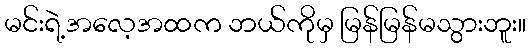
မင်းရဲ့အလေ့အထက ဘယ်ကိုမှ မြန်မြန်မသွားဘူး။